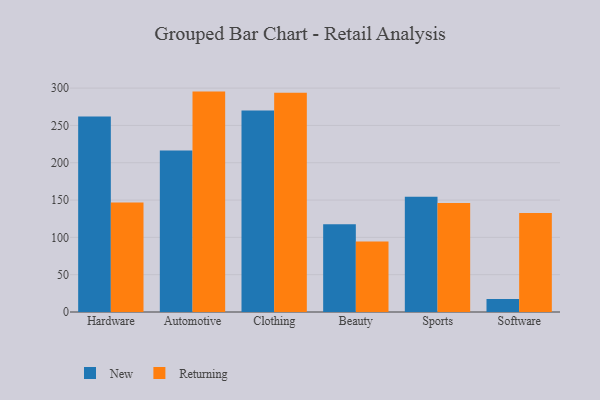
{"axis": {"x": "Category", "y": "Operating Costs (USD K)"}, "legend": ["New", "Returning"], "data": [{"x": "Hardware", "y": 262.1, "type": "New"}, {"x": "Hardware", "y": 146.6, "type": "Returning"}, {"x": "Automotive", "y": 216.3, "type": "New"}, {"x": "Automotive", "y": 295.3, "type": "Returning"}, {"x": "Clothing", "y": 270.0, "type": "New"}, {"x": "Clothing", "y": 293.7, "type": "Returning"}, {"x": "Beauty", "y": 117.5, "type": "New"}, {"x": "Beauty", "y": 94.6, "type": "Returning"}, {"x": "Sports", "y": 154.3, "type": "New"}, {"x": "Sports", "y": 146.1, "type": "Returning"}, {"x": "Software", "y": 17.5, "type": "New"}, {"x": "Software", "y": 132.6, "type": "Returning"}]}